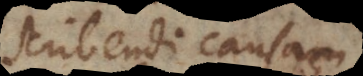
scribendi causam